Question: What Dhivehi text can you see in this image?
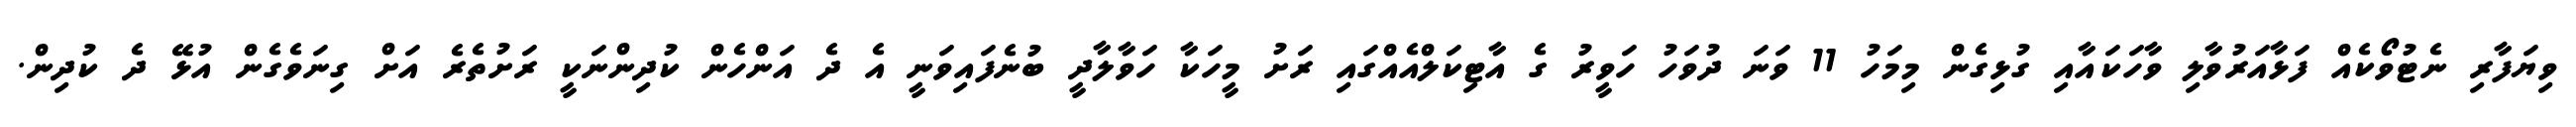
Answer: ވިޔަފާރި ނެޓުވޯކެއް ފަޅާއަރުވާލި ވާހަކައާއި ގުޅިގެން މިމަހު 11 ވަނަ ދުވަހު ހަވީރު ގެ އާޓިކަލްއެއްގައި ރަށު މީހަކާ ހަވާލާދީ ބުނެފައިވަނީ އެ ދެ އަންހެން ކުދިންނަކީ ރަށުތެރެ އަށް ގިނަވެގެން އުޅޭ ދެ ކުދިން.